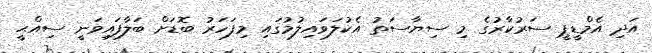
އަދި އެމްޑީޕީ ސަރުކާރުގެ މި ސިޔާސަތު އެކުލަވައިލުމުގައި މިފަހަރު ބޮޑަށް ބަލާފައިވަނީ ސިއްޙީ